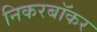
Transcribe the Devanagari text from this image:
निकरबॉकर